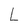
Character: L